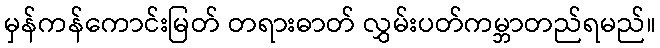
မှန်ကန်ကောင်းမြတ် တရားဓာတ် လွှမ်းပတ်ကမ္ဘာတည်ရမည်။